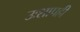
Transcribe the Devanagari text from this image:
उःशापही